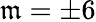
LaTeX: \mathfrak{m}=\pm6